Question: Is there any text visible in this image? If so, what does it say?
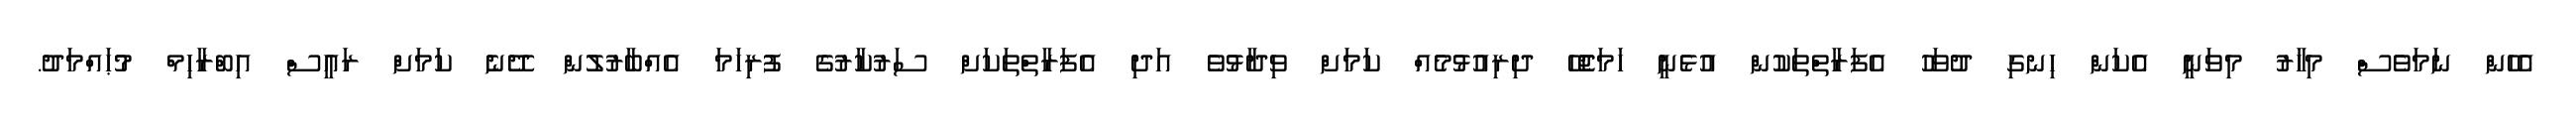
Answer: އެހެން ނަމަވެސް މިހާރު މިވަނީ އެކަން ހިނގި ދުވަހު އެފަރާތްތަކުން އުޅެނީ ހަމަޖެހޭ ދިރިއުޅުމެއް ކަމަށް ވިދާޅުވެ އަދި އެފަރާތްތަކަށް ސަރުކާރުގެ ފުރިހަމަ އެއްބާރުލުން ދޭނެ ކަމަށް ރައީސް އިބްރާހިމް މުޙައްމަދު.